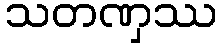
သတဏှဿ